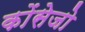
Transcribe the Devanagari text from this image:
कोंसेजो